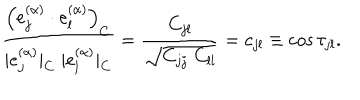
\frac { \left( e _ { j } ^ { ( \alpha ) } \cdot e _ { l } ^ { ( \alpha ) } \right) _ { C } } { | e _ { j } ^ { ( \alpha ) } | _ { C } \; | e _ { l } ^ { ( \alpha ) } | _ { C } } = \frac { C _ { j l } } { \sqrt { C _ { j j } \; C _ { l l } } } = c _ { j l } \equiv \cos \tau _ { j l } .